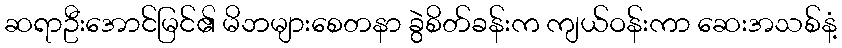
ဆရာဦးအောင်မြင်၏ မိဘများစေတနာ ခွဲစိတ်ခန်းက ကျယ်ဝန်းကာ ဆေးအသစ်နံ့